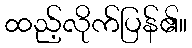
ထည့်လိုက်ပြန်၏။